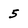
Character: 5